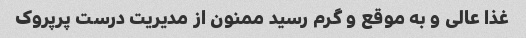
غذا عالی و به موقع و گرم رسید ممنون از مدیریت درست پرپروک